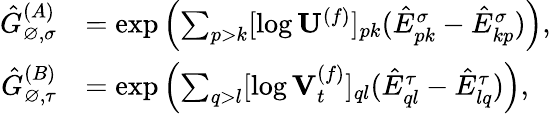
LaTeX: \begin{array}{rl}{\hat{G}_{\varnothing,\sigma}^{(A)}}&{=\exp\left(\sum_{p>k}[\log\mathbf{U}^{(f)}]_{pk}(\hat{E}_{pk}^{\sigma}-\hat{E}_{kp}^{\sigma})\right),}\\ {\hat{G}_{\varnothing,\tau}^{(B)}}&{=\exp\left(\sum_{q>l}[\log\mathbf{V}_{t}^{(f)}]_{ql}(\hat{E}_{ql}^{\tau}-\hat{E}_{lq}^{\tau})\right),}\end{array}